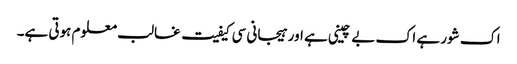
اک شور ہے اک بے چینی ہے اور ہیجانی سی کیفیت غالب معلوم ہوتی ہے۔